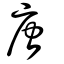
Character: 唐